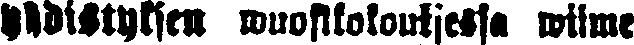
yhdistyksen wuosikokouksessa wiime